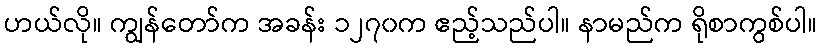
ဟယ်လို။ ကျွန်တော်က အခန်း ၁၂၇၀က ဧည့်သည်ပါ။ နာမည်က ရိုစာကွစ်ပါ။